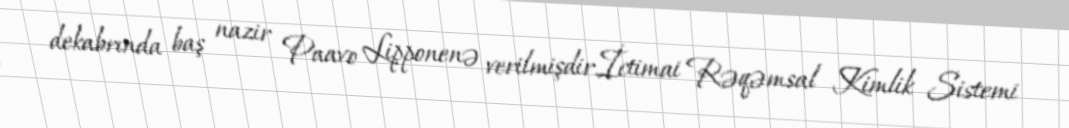
dekabrında baş nazir Paavo Lipponenə verilmişdir.İctimai Rəqəmsal Kimlik Sistemi